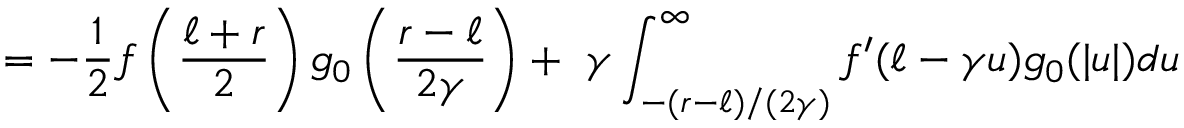
= - \frac { 1 } { 2 } f \left( \frac { \ell + r } { 2 } \right) g _ { 0 } \left( \frac { r - \ell } { 2 \gamma } \right) + ~ \gamma \int _ { - ( r - \ell ) / ( 2 \gamma ) } ^ { \infty } f ^ { \prime } ( \ell - \gamma u ) g _ { 0 } ( | u | ) d u